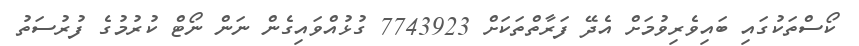
ކޯސްތަކުގައި ބައިވެރިވުމަށް އެދޭ ފަރާތްތަކަށް 7743923 ގުޅުއްވައިގެން ނަން ނޯޓް ކުރުމުގެ ފުރުސަތު